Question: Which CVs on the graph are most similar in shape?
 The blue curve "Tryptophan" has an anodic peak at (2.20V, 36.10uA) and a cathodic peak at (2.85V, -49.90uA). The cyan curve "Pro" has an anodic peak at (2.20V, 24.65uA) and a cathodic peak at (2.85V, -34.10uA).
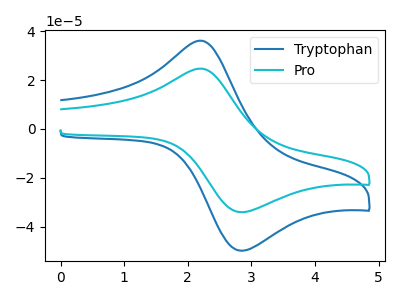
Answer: <think>All the peaks in "Tryptophan" have a peak in "Pro" at the same potential. Every peak in "Tryptophan" is higher than every peak in "Pro".
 </think>
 <answer>"Tryptophan" and "Pro" have the same shape and are likely CV's of the same chemical.</answer>
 <eval>"Tryptophan" "Pro"</eval>